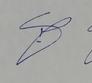
Signature authenticity: genuine